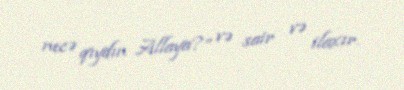
necə qıydın Allaya?” və sair və ilaxır.